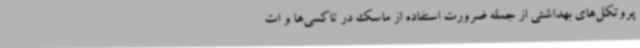
پروتکل‌های بهداشتی از جمله ضرورت استفاده از ماسک در تاکسی‌ها و ات